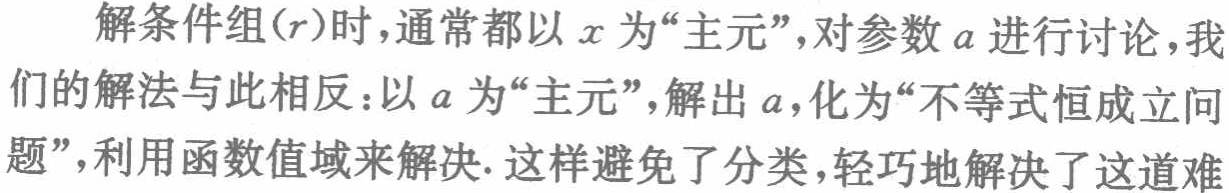
解条件组\((r)\)时，通常都以\(x\)为“主元”，对参数\(a\)进行讨论，我们的解法与此相反：以\(a\)为“主元”，解出\(a\)，化为“不等式恒成立问题”，利用函数值域来解决. 这样避免了分类，轻巧地解决了这道难